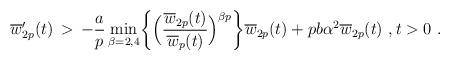
LaTeX: \begin{align*} \overline w_{2p}'(t) \,>\, -\frac{a}{p} \min_{\beta = 2,4}\biggl\{\Bigl( \frac{\overline w_{2p}(t)}{\overline w_p(t)} \Bigr)^{\beta p}\biggr\} \overline w_{2p}(t) + pb\alpha^2 \overline w_{2p}(t)~, t > 0~.\end{align*}